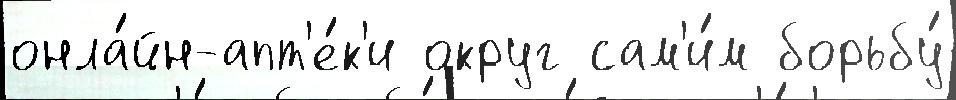
онла́йн-апт'е́к'и округ сам'и́м борьбу́